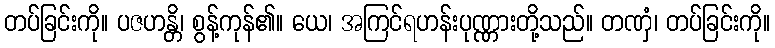
တပ်ခြင်းကို။ ပဇဟန္တိ၊ စွန့်ကုန်၏။ ယေ၊ အကြင်ရဟန်းပုဏ္ဏားတို့သည်။ တဏှံ၊ တပ်ခြင်းကို။